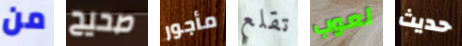
من صحيح مأجور تقلع لعوب حديث